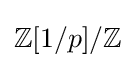
\mathbb {Z} [1/p]/\mathbb {Z}